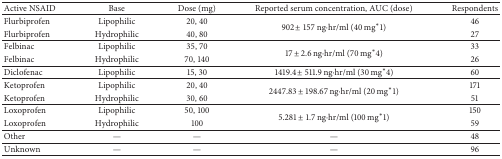
<table><thead><tr><td><b>Active NSAID</b></td><td><b>Base</b></td><td><b>Dose (mg)</b></td><td><b>Reported serum concentration, AUC (dose)</b></td><td><b>Respondents</b></td></tr></thead><tbody><tr><td>Flurbiprofen</td><td>Lipophilic</td><td>20, 40</td><td rowspan="2">902 ± 157 ng·hr/ml (40 mg<sup>∗</sup>1)</td><td>46</td></tr><tr><td>Flurbiprofen</td><td>Hydrophilic</td><td>40, 80</td><td>27</td></tr><tr><td>Felbinac</td><td>Lipophilic</td><td>35, 70</td><td rowspan="2">17 ± 2.6 ng·hr/ml (70 mg<sup>∗</sup>4)</td><td>33</td></tr><tr><td>Felbinac</td><td>Hydrophilic</td><td>70, 140</td><td>26</td></tr><tr><td>Diclofenac</td><td>Lipophilic</td><td>15, 30</td><td>1419.4 ± 511.9 ng·hr/ml (30 mg<sup>∗</sup>4)</td><td>60</td></tr><tr><td>Ketoprofen</td><td>Lipophilic</td><td>20, 40</td><td rowspan="2">2447.83 ± 198.67 ng·hr/ml (20 mg<sup>∗</sup>1)</td><td>171</td></tr><tr><td>Ketoprofen</td><td>Hydrophilic</td><td>30, 60</td><td>51</td></tr><tr><td>Loxoprofen</td><td>Lipophilic</td><td>50, 100</td><td rowspan="2">5.281 ± 1.7 ng·hr/ml (100 mg<sup>∗</sup>1)</td><td>150</td></tr><tr><td>Loxoprofen</td><td>Hydrophilic</td><td>100</td><td>59</td></tr><tr><td>Other</td><td>—</td><td>—</td><td>—</td><td>48</td></tr><tr><td>Unknown</td><td>—</td><td>—</td><td>—</td><td>96</td></tr></tbody></table>